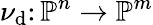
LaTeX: \nu_{\mathrm{d}}\colon\mathbb{{P}}^{n}\to\mathbb{{P}}^{m}